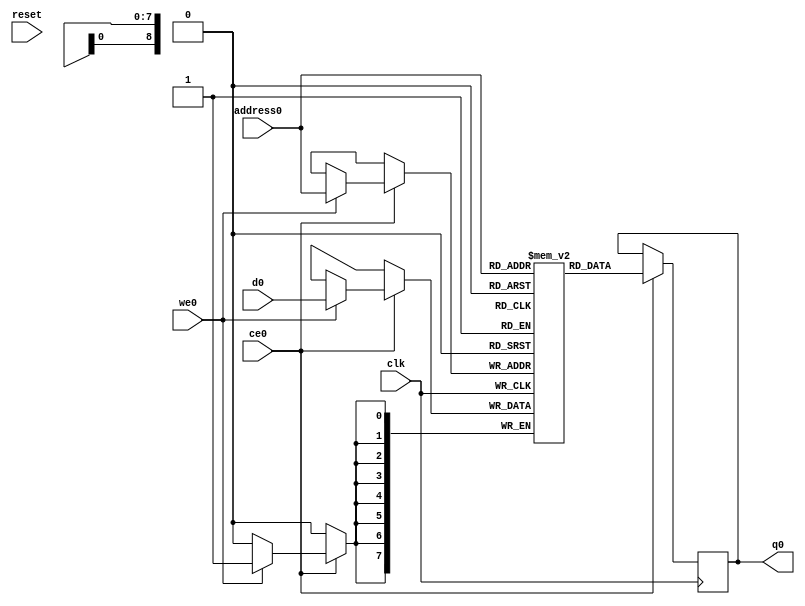
// ==============================================================
// Vitis HLS - High-Level Synthesis from C, C++ and OpenCL v2021.1 (64-bit)
// Copyright 1986-2021 Xilinx, Inc. All Rights Reserved.
// ==============================================================
`timescale 1 ns / 1 ps
module zculling_bot_pixels_x_V (address0, ce0, d0, we0, q0,  reset,clk);

parameter DataWidth = 8;
parameter AddressWidth = 9;
parameter AddressRange = 500;

input[AddressWidth-1:0] address0;
input ce0;
input[DataWidth-1:0] d0;
input we0;
output reg[DataWidth-1:0] q0;
input reset;
input clk;

reg [DataWidth-1:0] ram[0:AddressRange-1];




always @(posedge clk)
begin
    if (ce0) begin
        if (we0)
            ram[address0] <= d0;
        q0 <= ram[address0];
    end
end


endmodule